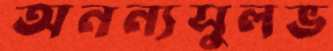
অনন্যসুলভ